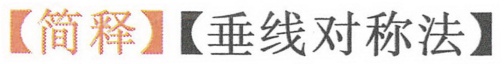
【简释】【垂线对称法】